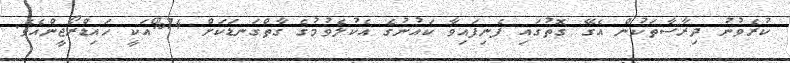
ކުރެވުނު ދިރާސާތަކުން އެގޭ ގޮތުގައި ފެނިފައިވާ ކައުނުގެ އެކުލެވުމުގެ ގާތްގަނޑަކަށް 74%އަކީ ހައިޑްރޯޖީންއެވެ.